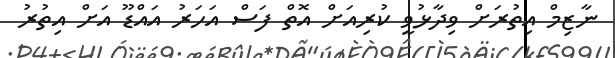
ނާޒިމް އިތުރަށް ވިދާޅުވީ ކުރިއަށް އޮތް ފަސް އަހަރު އައްޑޫ އަށް އިތުރު